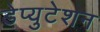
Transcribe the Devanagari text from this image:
डेप्युटेशन